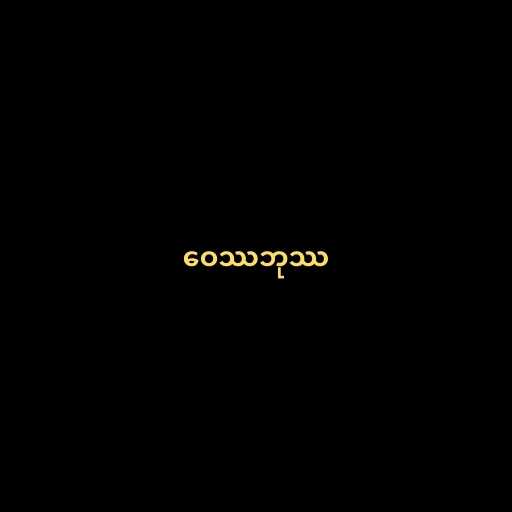
ဝေဿဘုဿ